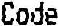
CODE